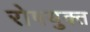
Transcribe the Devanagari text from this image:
रोषयुक्त